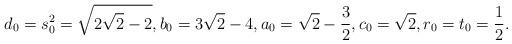
LaTeX: \begin{align*}d_0 =s_0^2=\sqrt{2\sqrt 2-2}, b_0=3\sqrt 2 - 4, a_0=\sqrt 2 - \frac32, c_0=\sqrt 2, r_0 = t_0=\frac12.\end{align*}